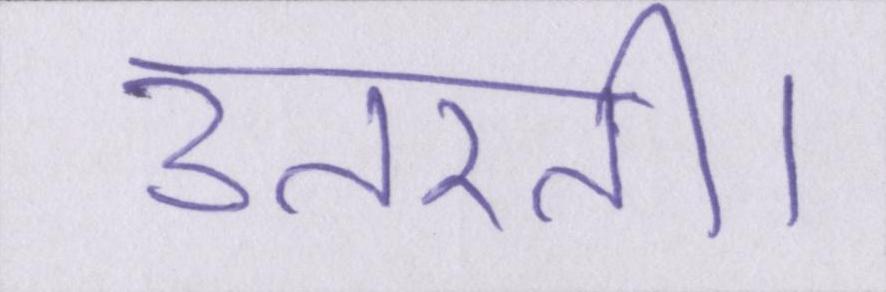
उतरती।